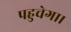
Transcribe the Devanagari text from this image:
पहुचेगा।